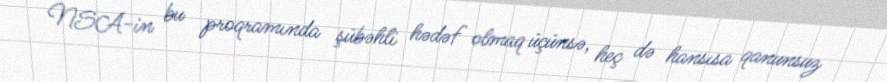
NSA-in bu proqramında şübəhli hədəf olmaq üçünsə, heç də hansısa qanunsuz